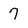
Character: 7